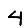
Digit: 4